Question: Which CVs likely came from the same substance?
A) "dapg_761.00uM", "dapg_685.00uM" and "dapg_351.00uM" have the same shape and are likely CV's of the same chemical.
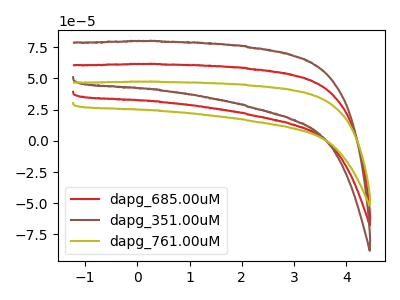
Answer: <think>The red curve "dapg_685.00uM" has no peaks. The brown curve "dapg_351.00uM" has no peaks. The olive curve "dapg_761.00uM" has no peaks.
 Neither "dapg_685.00uM" or "dapg_351.00uM" have any peaks. Neither "dapg_685.00uM" or "dapg_761.00uM" have any peaks. Neither "dapg_351.00uM" or "dapg_761.00uM" have any peaks.</think>
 <answer>A) "dapg_761.00uM", "dapg_685.00uM" and "dapg_351.00uM" have the same shape and are likely CV's of the same chemical.</answer>
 <eval>A</eval>